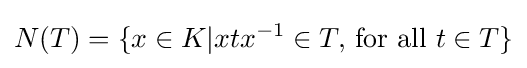
N(T)=\{x\in K|xtx^{-1}\in T,\,{\text{for all }}t\in T\}